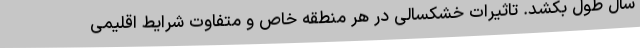
سال طول بکشد. تاثیرات خشکسالی در هر منطقه خاص و متفاوت شرایط اقلیمی